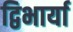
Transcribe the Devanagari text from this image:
द्विभार्या